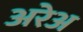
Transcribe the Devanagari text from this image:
अरेअ